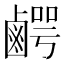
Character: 𮭯